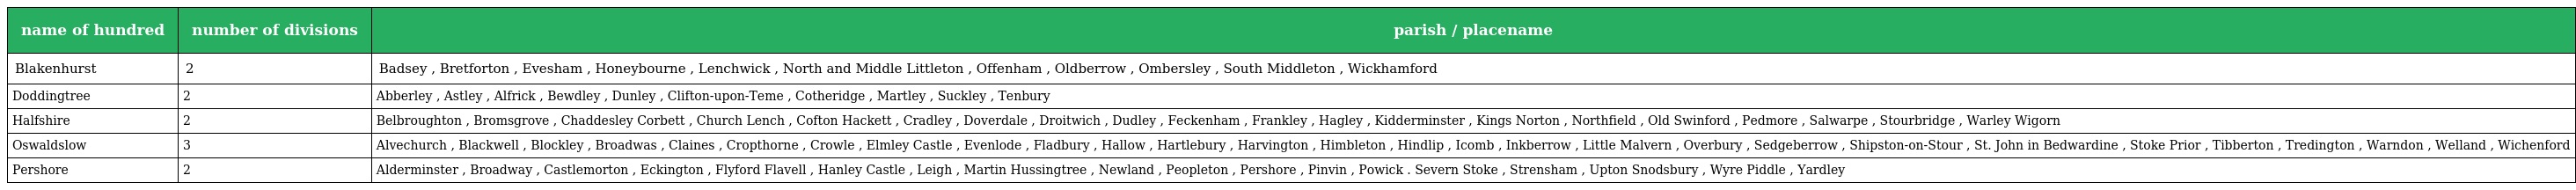
| name of hundred | number of divisions | parish / placename |
 | --- | --- | --- |
 | Blakenhurst | 2 | Badsey , Bretforton , Evesham , Honeybourne , Lenchwick , North and Middle Littleton , Offenham , Oldberrow , Ombersley , South Middleton , Wickhamford |
 | Doddingtree | 2 | Abberley , Astley , Alfrick , Bewdley , Dunley , Clifton-upon-Teme , Cotheridge , Martley , Suckley , Tenbury |
 | Halfshire | 2 | Belbroughton , Bromsgrove , Chaddesley Corbett , Church Lench , Cofton Hackett , Cradley , Doverdale , Droitwich , Dudley , Feckenham , Frankley , Hagley , Kidderminster , Kings Norton , Northfield , Old Swinford , Pedmore , Salwarpe , Stourbridge , Warley Wigorn |
 | Oswaldslow | 3 | Alvechurch , Blackwell , Blockley , Broadwas , Claines , Cropthorne , Crowle , Elmley Castle , Evenlode , Fladbury , Hallow , Hartlebury , Harvington , Himbleton , Hindlip , Icomb , Inkberrow , Little Malvern , Overbury , Sedgeberrow , Shipston-on-Stour , St. John in Bedwardine , Stoke Prior , Tibberton , Tredington , Warndon , Welland , Wichenford |
 | Pershore | 2 | Alderminster , Broadway , Castlemorton , Eckington , Flyford Flavell , Hanley Castle , Leigh , Martin Hussingtree , Newland , Peopleton , Pershore , Pinvin , Powick . Severn Stoke , Strensham , Upton Snodsbury , Wyre Piddle , Yardley |